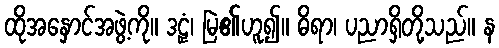
ထိုအနှောင်အဖွဲ့ကို။ ဒဠှံ၊ မြဲ၏ဟူ၍။ ဓိရာ၊ ပညာရှိတို့သည်။ န